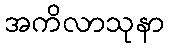
အကိလာသုနာ